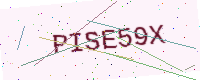
Text: PISE59X